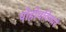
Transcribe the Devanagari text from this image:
पोहोचविणारे